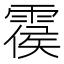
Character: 𩃺